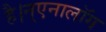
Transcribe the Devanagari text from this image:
है।न्एनालॉग